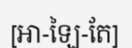
[អា-ឡៃ-តែ]